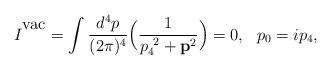
LaTeX: \begin{align*}I^{{}^{\mbox{vac}}} = \int \frac{d^4 p}{(2\pi)^4} \Big ( \frac{1}{p_4^{\ 2} + {\bf p}^2} \Big ) = 0, \ \ p_0 = ip_4,\end{align*}